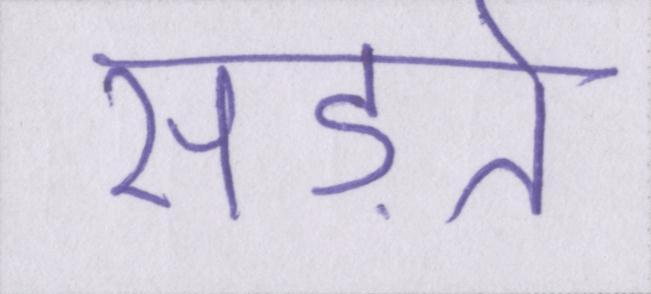
सड़ते